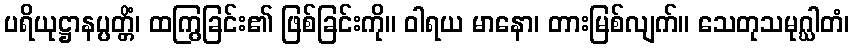
ပရိယုဋ္ဌာနပ္ပတ္တိံ၊ ထကြွခြင်း၏ ဖြစ်ခြင်းကို။ ဝါရယ မာနော၊ တားမြစ်လျက်။ သေတုသမုဂ္ဃါတံ၊